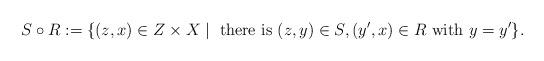
LaTeX: \begin{align*}S\circ R :=\{(z,x) \in Z\times X\mid \textrm{ there is } (z,y) \in S,(y',x) \in R\textrm{ with } y=y'\}.\end{align*}